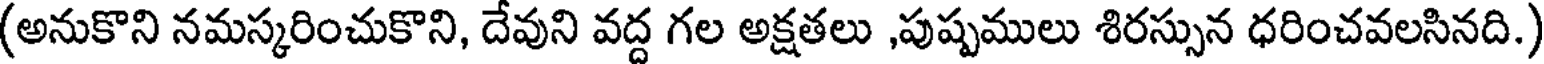
(అనుకొని నమస్కరించుకొని, దేవుని వద్ద గల అక్షతలు ,పుష్పములు శిరస్సున ధరించవలసినది.)